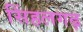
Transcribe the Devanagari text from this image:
सिंहलगढ़